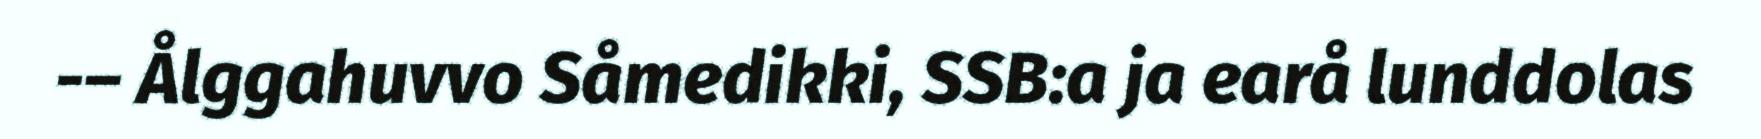
-– Ålggahuvvo Såmedikki, SSB:a ja earå lunddolas